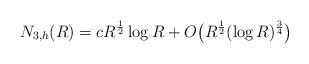
LaTeX: \begin{align*} N_{3,h}(R) = c R^{\frac{1}{2}} \log R + O\big( R^{\frac{1}{2}} (\log R)^{\frac{3}{4}} \big)\end{align*}